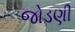
જોડણી